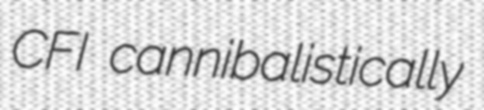
CFI cannibalistically